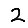
Digit: 2